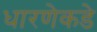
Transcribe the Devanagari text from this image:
धारणेकडे